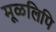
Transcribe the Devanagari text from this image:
मूळलिपि